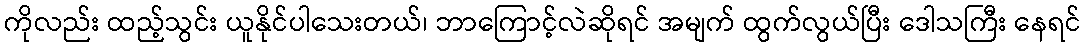
ကိုလည်း ထည့်သွင်း ယူနိုင်ပါသေးတယ်၊ ဘာကြောင့်လဲဆိုရင် အမျက် ထွက်လွယ်ပြီး ဒေါသကြီး နေရင်